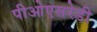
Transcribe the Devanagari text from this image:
पीओएसरेडी